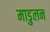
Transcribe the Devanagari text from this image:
माडुलन